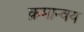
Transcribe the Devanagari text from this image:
क्रमान्वय